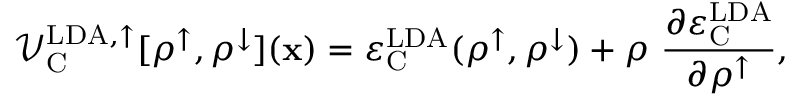
\mathcal { V } _ { \mathrm { C } } ^ { \mathrm { L D A , \uparrow } } [ \rho ^ { \uparrow } , \rho ^ { \downarrow } ] ( { \bf x } ) = \varepsilon _ { \mathrm { C } } ^ { \mathrm { L D A } } ( \rho ^ { \uparrow } , \rho ^ { \downarrow } ) + \rho \ \frac { \partial \varepsilon _ { \mathrm { C } } ^ { \mathrm { L D A } } } { \partial \rho ^ { \uparrow } } ,